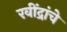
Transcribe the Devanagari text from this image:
रवींद्रांचे